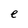
Character: e